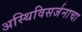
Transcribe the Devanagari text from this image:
अस्थिविसर्जनाचा